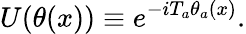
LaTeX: U(\theta(x))\equiv e^{-iT_{a}\theta_{a}(x)}.